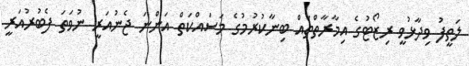
ލަތީފު ވިދާޅުވީ ރިޒޯޓުގެ އިމާރާތްތައް ބިނާކުރުމުގެ މަސައްކަތް އަންނަ ޖެނުއަރީ ނުވަތަ ފެބުރުއަރީ